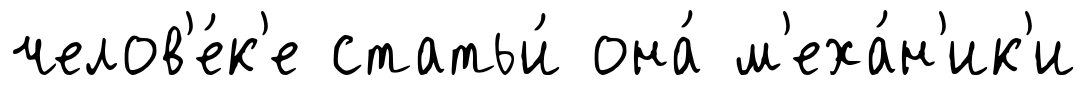
челов'е́к'е статьи́ она́ м'еха́н'ик'и